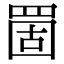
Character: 䍛